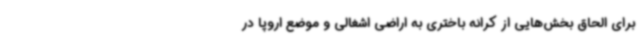
برای الحاق بخش‌هایی از کرانه باختری به اراضی اشغالی و موضع اروپا در